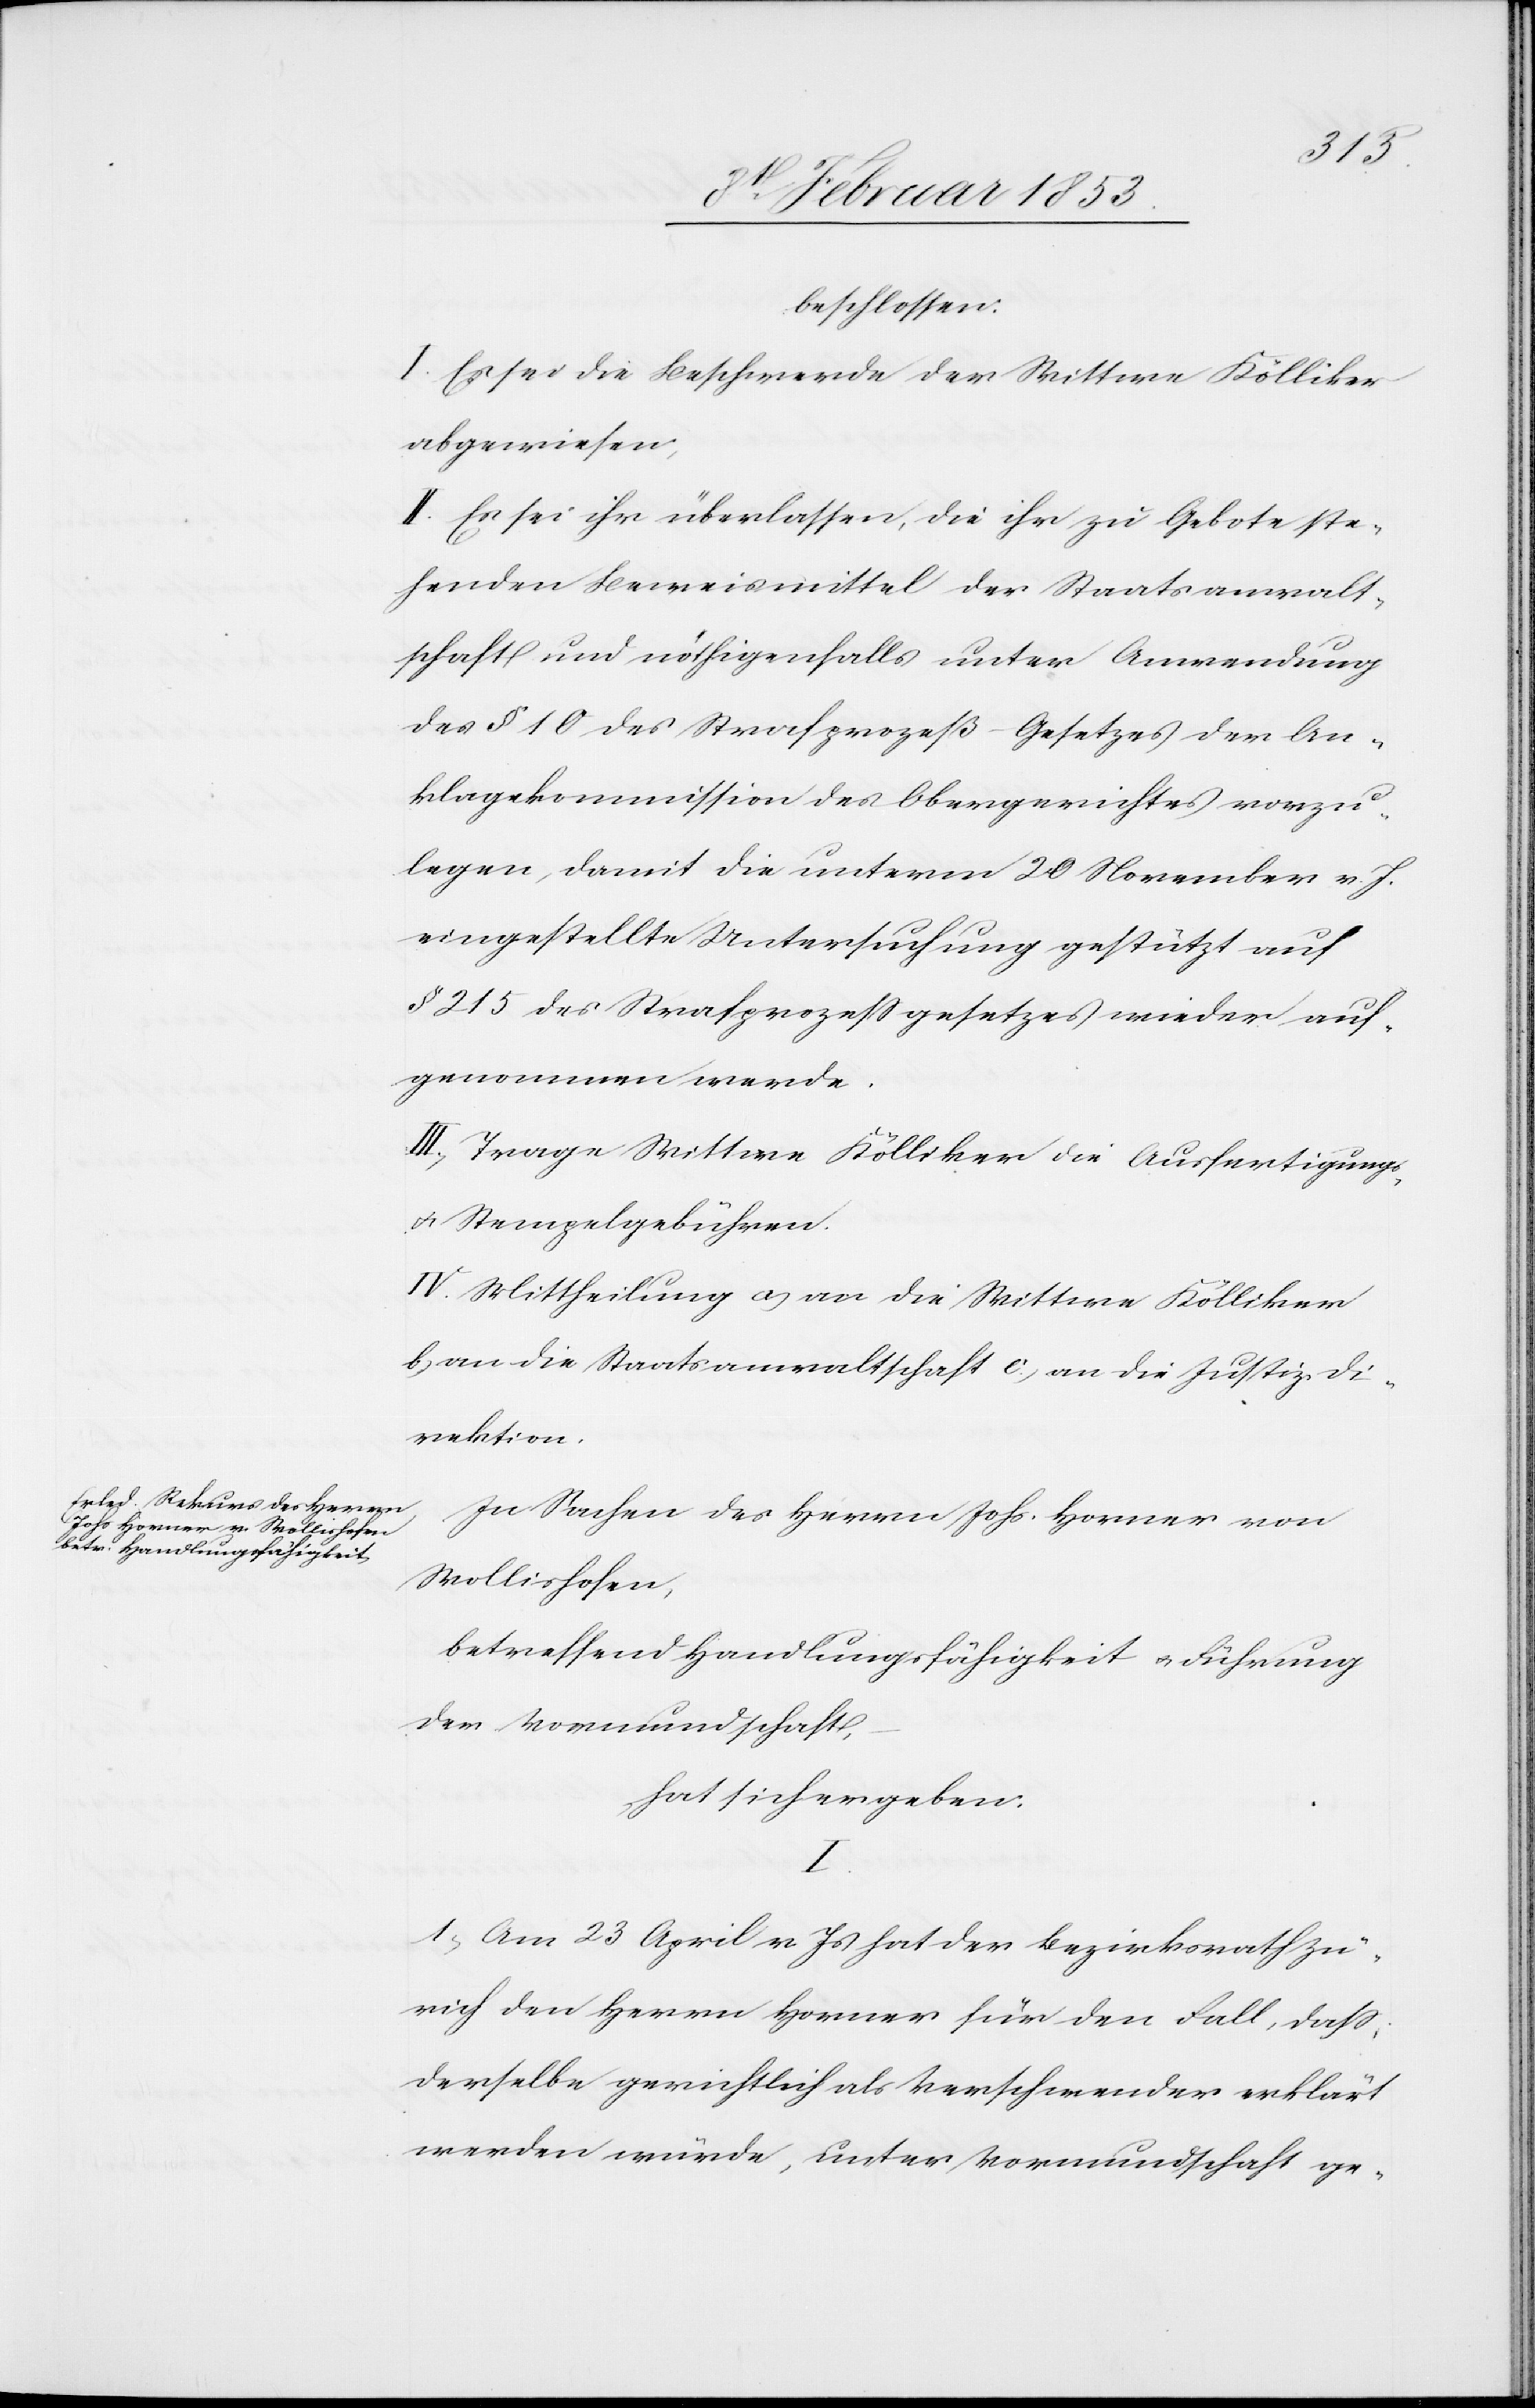
beschlossen:
I. Es sei die Beschwerde der Wittwe Kölliker
abgewiesen,
II. Es sei ihr überlassen, die ihr zu Gebote ste¬
henden Beweismittel der Staatsanwalt¬
schaft und nöthigenfalls unter Anwendung
des § 10 des Strafprozeß-Gesetzes der An¬
klagekommission des Obergerichtes vorzu¬
legen, damit die unterm 20 November v. J.
eingestellte Untersuchung gestützt auf
§ 215 des Strafprozeßgesetzes wieder auf¬
genommen werde.
III. Trage Wittwe Köllikerr die Ausfertigungs-
u. Stempelgebühren.
IV. Mittheilung a, an die Wittwe Kölliker
b, an die Staatsanwaltschaft c, an die Justiz-Di¬
rektion.
In Sachen des Herrn Johs. Horner von
Wollishofen,
betreffend Handlungsfähigkeit u. Führung
der Vormundschaft,
hat sich ergeben:
I.
1, Am 23 April v. Js. hat der Bezirksrath Zü¬
rich den Herrn Horner für den Fall, daß
derselbe gerichtlich als Verschwender erklärt
werden würde, unter Vormundschaft ge-